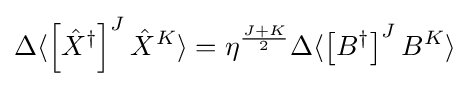
\Delta \langle \left[{\hat {X}}^{\dagger }\right]^{J}{\hat {X}}^{K}\rangle =\eta ^{\frac {J+K}{2}}\Delta \langle \left[B^{\dagger }\right]^{J}B^{K}\rangle